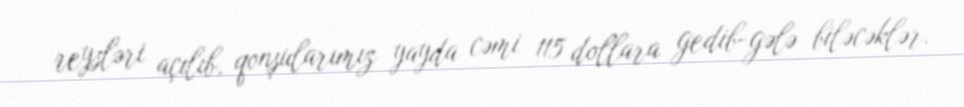
reysləri açılıb, qonşularımız yayda cəmi 115 dollara gedib-gələ biləcəklər.